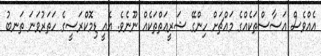
އެއްވެސް އަސާސްތަކެއްގެ މައްޗަށް ހިންގޭ ޝަރީޢަތްތަކެއް ނޫނެވެ. އެއީ ޑިމޮކްރަސީގެ ހަތަރުވަނަ ތަނބު